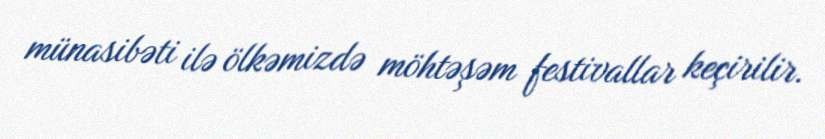
münasibəti ilə ölkəmizdə möhtəşəm festivallar keçirilir.